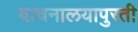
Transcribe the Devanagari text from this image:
वाचनालयापुरती